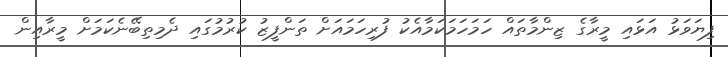
ފިޔަވަޅު އަޅައި މީރާގެ ޒިންމާތައް ހަމަހަމަކަމާއެކު ފުރިހަމައަށް ތަންފީޒު ކުރުމުގައި ދެމިތިބޭނެކަމަށް މީރާއިން